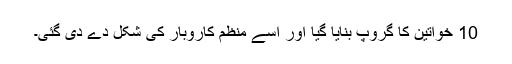
10 خواتین کا گروپ بنایا گیا اور اسے منظم کاروبار کی شکل دے دی گئی۔